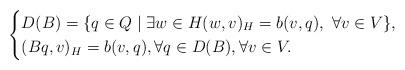
LaTeX: \begin{align*}\begin{cases}D(B) = \{ q \in Q \mid \exists w \in H (w,v)_H = b(v,q), \ \forall v \in V \}, \\(Bq, v)_H = b(v,q), \forall q \in D(B), \forall v \in V.\end{cases}\end{align*}